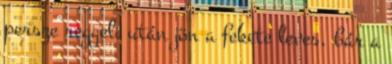
persze reggeli után jön a fekete leves, bár a